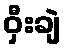
ဝှီးချဲ